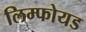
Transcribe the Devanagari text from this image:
लिम्फोयड